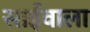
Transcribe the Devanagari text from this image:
साईंवाला